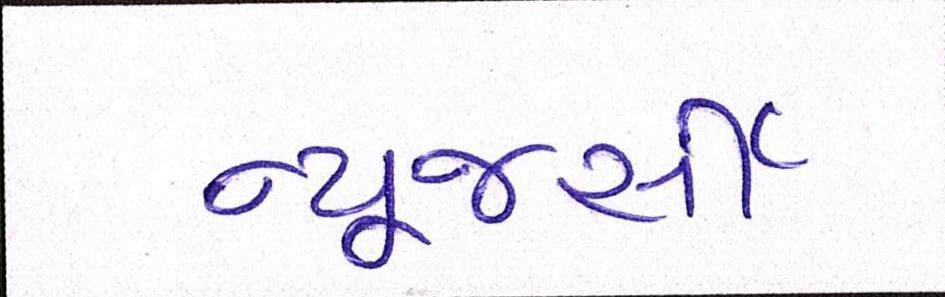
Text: ન્યૂજર્સી